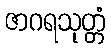
ဇာဂရသုတ္တံ